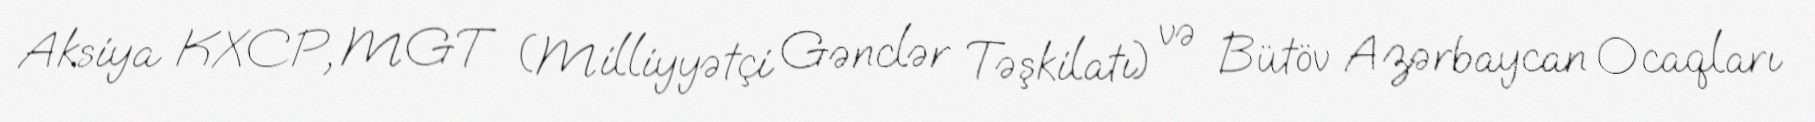
Aksiya KXCP, MGT (Milliyyətçi Gənclər Təşkilatı) və Bütöv Azərbaycan Ocaqları